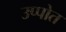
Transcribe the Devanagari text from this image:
उप्पोत